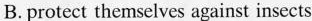
B.protect themselves against insects